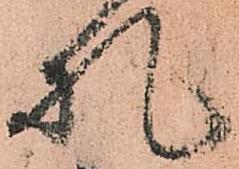
札